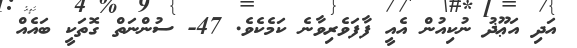
އަދި އަޢޫޛު ނުކިއުން އެއީ ފާފަވެރިވާނެ ކަމެކެވެ. 47- ސުންނަތް ގޮތަކީ ބައެއް